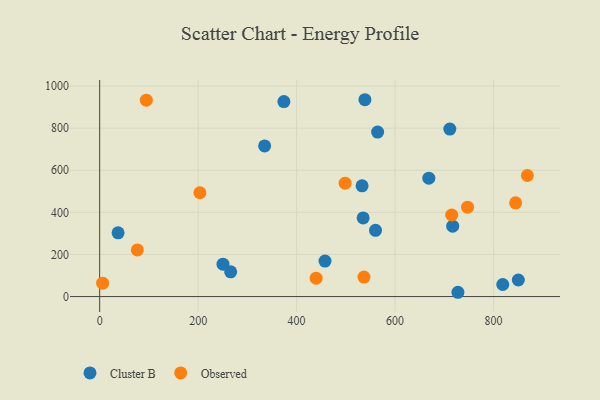
{"axis": {"x": "Distance", "y": "Sales"}, "legend": ["Cluster B", "Observed"], "data": [{"x": "668.6", "y": 562.5, "type": "Cluster B"}, {"x": "457.7", "y": 168.5, "type": "Cluster B"}, {"x": "717.1", "y": 334.2, "type": "Cluster B"}, {"x": "850.4", "y": 78.7, "type": "Cluster B"}, {"x": "250.5", "y": 153.8, "type": "Cluster B"}, {"x": "535.2", "y": 373.3, "type": "Cluster B"}, {"x": "711.3", "y": 795.5, "type": "Cluster B"}, {"x": "727.7", "y": 20.4, "type": "Cluster B"}, {"x": "560.3", "y": 314.5, "type": "Cluster B"}, {"x": "533.0", "y": 526.0, "type": "Cluster B"}, {"x": "266.1", "y": 117.6, "type": "Cluster B"}, {"x": "335.1", "y": 715.3, "type": "Cluster B"}, {"x": "538.8", "y": 934.9, "type": "Cluster B"}, {"x": "37.4", "y": 302.9, "type": "Cluster B"}, {"x": "564.6", "y": 781.1, "type": "Cluster B"}, {"x": "818.8", "y": 57.4, "type": "Cluster B"}, {"x": "374.2", "y": 926.3, "type": "Cluster B"}, {"x": "536.9", "y": 92.8, "type": "Observed"}, {"x": "868.8", "y": 575.0, "type": "Observed"}, {"x": "203.6", "y": 493.0, "type": "Observed"}, {"x": "6.0", "y": 63.8, "type": "Observed"}, {"x": "94.7", "y": 932.9, "type": "Observed"}, {"x": "747.3", "y": 424.5, "type": "Observed"}, {"x": "439.7", "y": 87.2, "type": "Observed"}, {"x": "844.9", "y": 445.2, "type": "Observed"}, {"x": "498.6", "y": 538.7, "type": "Observed"}, {"x": "76.5", "y": 221.5, "type": "Observed"}, {"x": "715.1", "y": 387.3, "type": "Observed"}]}